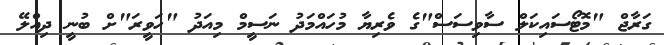
ގަރާޖް "މޮޓޯސައިކަލް ސާވިސަސް"ގެ ވެރިޔާ މުހައްމަދު ނަސީމް މިއަދު "ހަވީރަ"ށް ބުނީ ދިއްލޭ